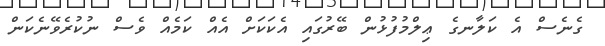
ގެނެސް އެ ކަލާނގެ ޢިލްމުފުޅުން ބޭރުގައި އެކަކަށް އެއް ކަމެއް ވެސް ނުކުރެވޭނެކަން